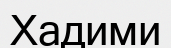
Хадими